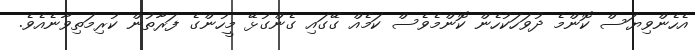
އެހެންވިޔަސް ކޮންމެ ދުވަހަކުހެން ކޮންމެވެސް ކަމެއް ގޭގައި ގެންގުޅޭ މީހުންގެ ފަރާތުން ކުރިމަތިވާނެއެވެ.